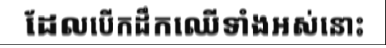
ដែលបើកដឹកឈើទាំងអស់នោះ